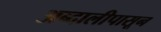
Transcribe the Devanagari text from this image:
अब्दालीपासून